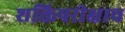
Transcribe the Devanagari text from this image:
शक्तिपरीक्षाच